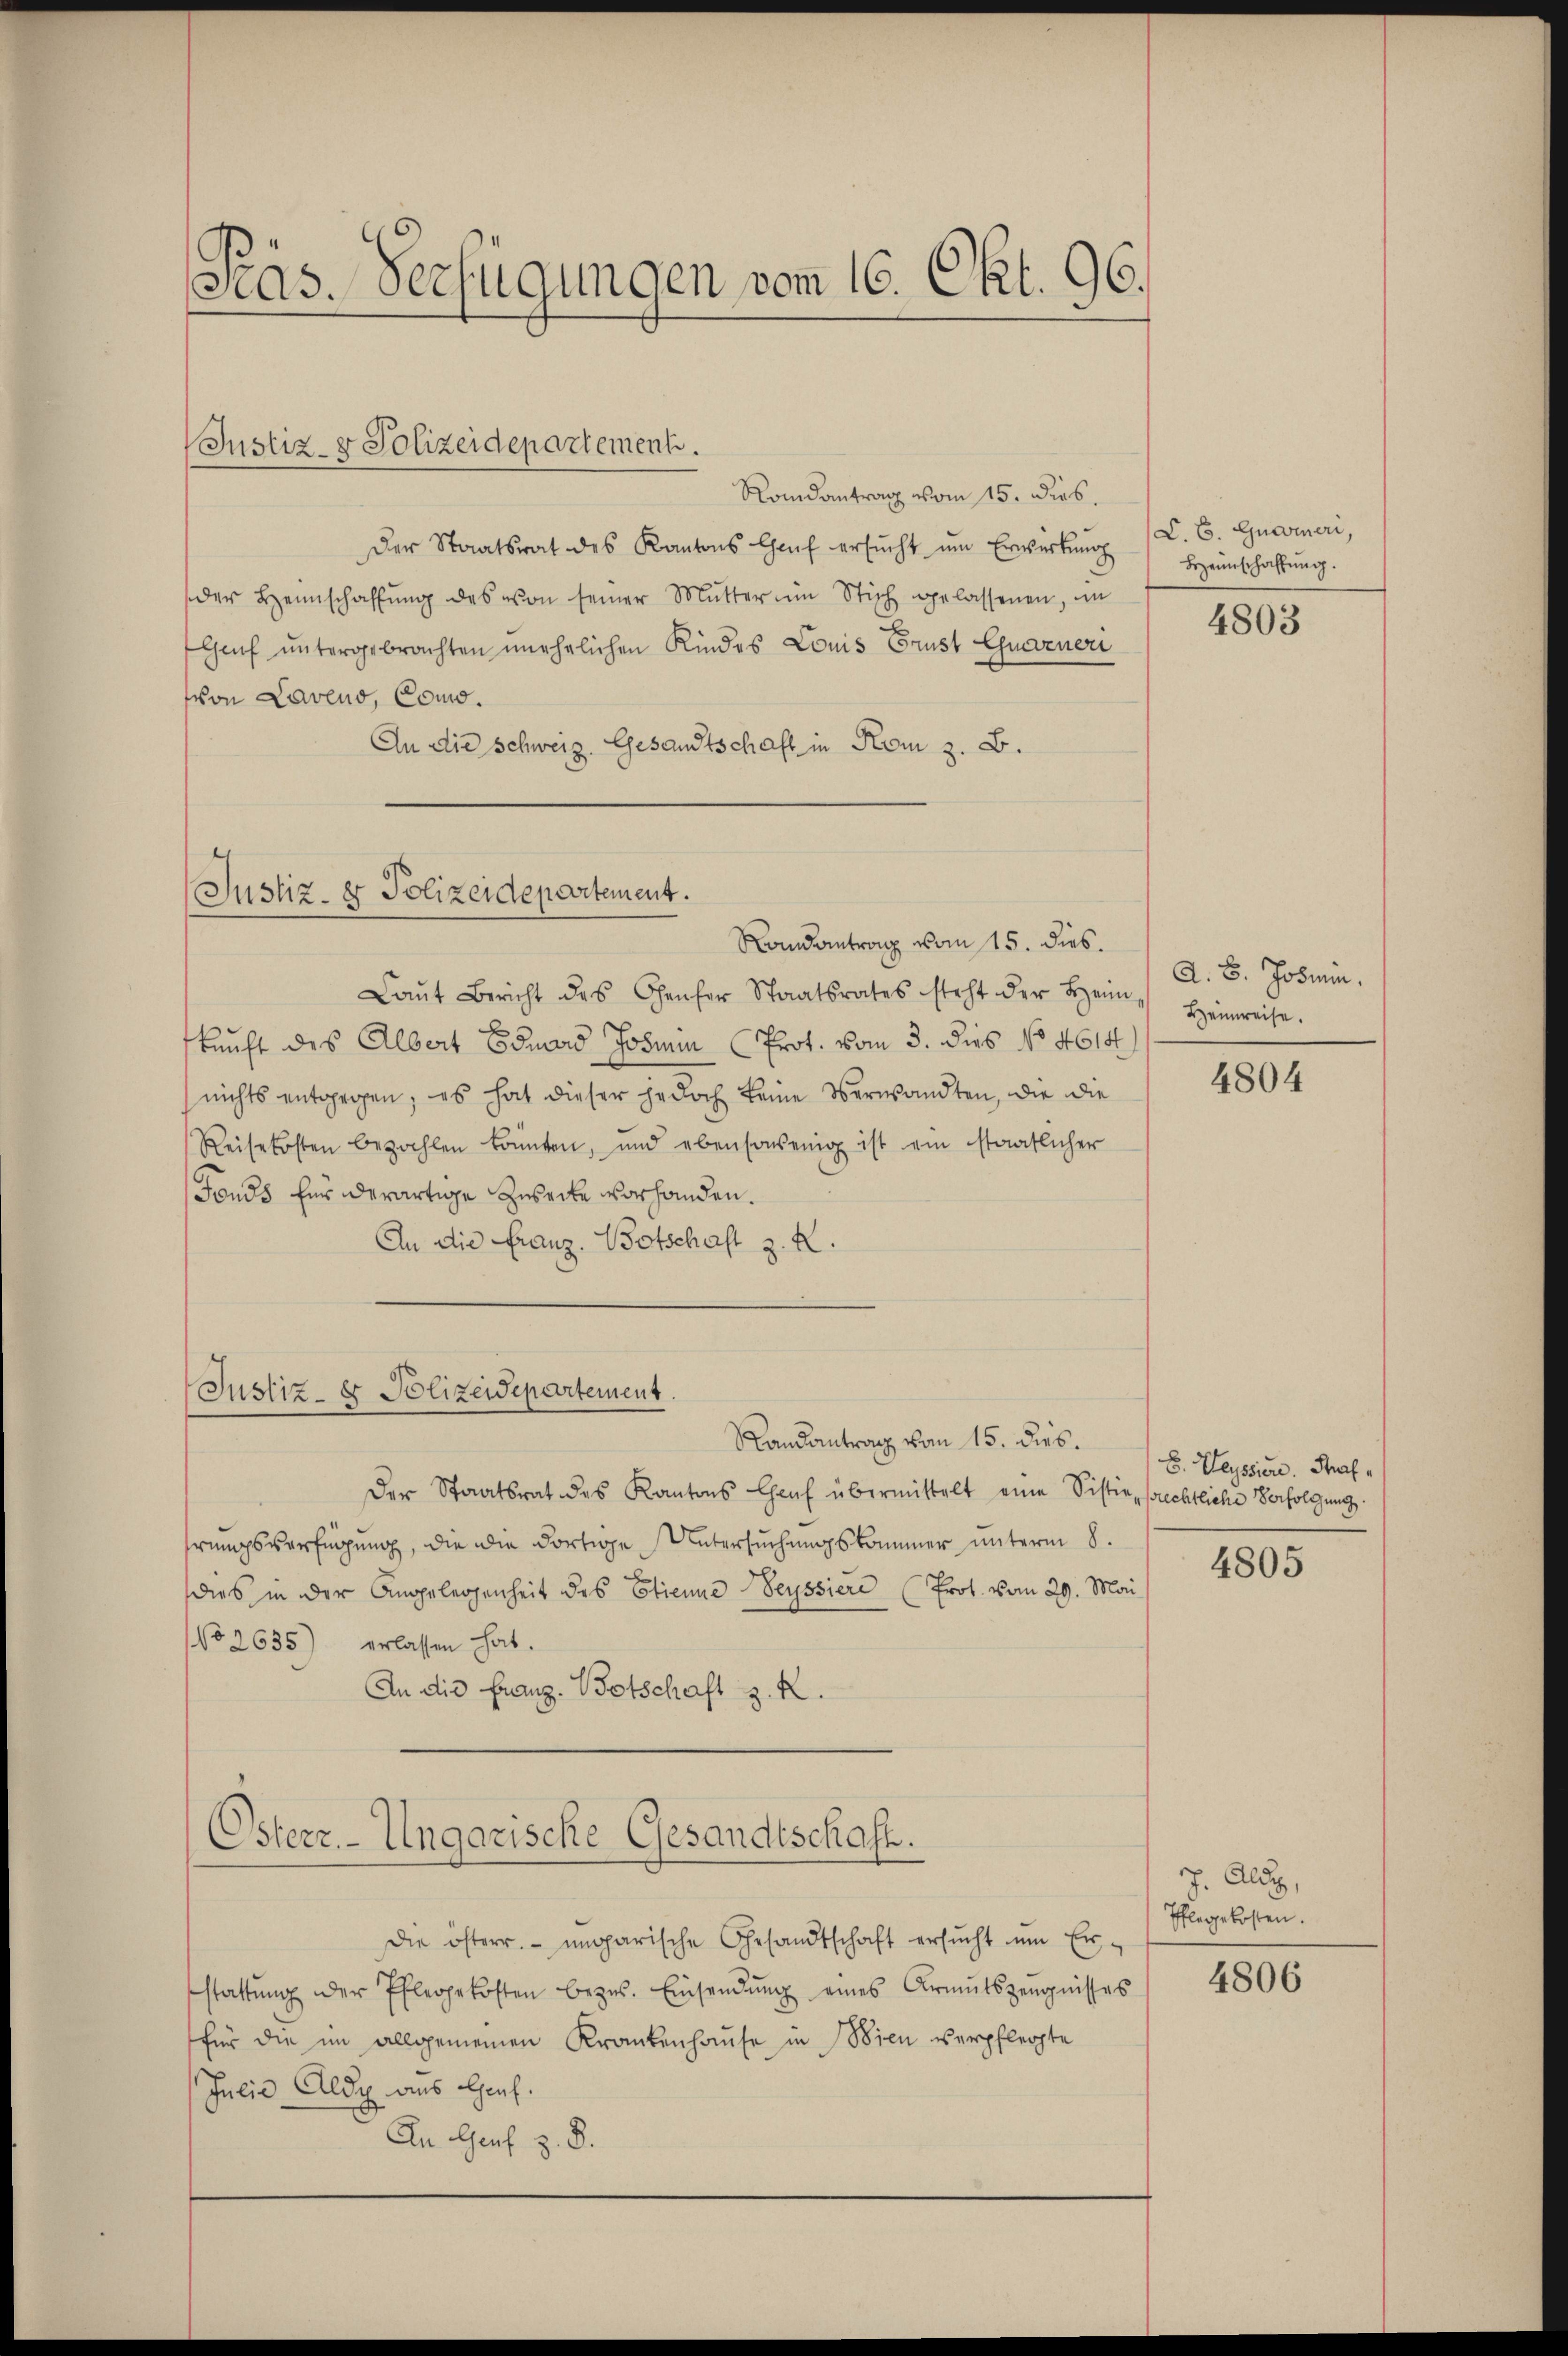
Pras. Verfügungen vom 16. Okt. 96.

Randantrag vom 15. dies
Der Staatsrat des Kantons Haŭf ersŭcht ŭm Erwirkung
der Heimschaffŭng des von seiner Mŭtter im Stich gelassenen, im
Genf untergebrachten unehelichen Kindes Louis Brust Guarneri
(von Laveno, Como¬
An die Schweiz. Gesandtschaft in Rom z. B.

Justiz- & Polizeidepartement.

Justiz- & Polizeidepartement.
Randantrang vom 15. dies.

Laŭt Bericht des Genfer Staatsrates steht der Heim - Heimreise.
kunft des Albert Eduard Johnen Prot. vom 3. dies No 4615
nichts entgegen; es hat dieser jedoch keine Verwandten, die die
Reisekosten bezahlen könnten, und ebensowenig ist ein staatlicher
Fonds für derartige Zwecke vorhanden.
An die Franz. Botschaft z. K.

Justiz- & Polizeidepartement.

Randantrag von 15. dies.
Der Staatsrat des Kantons Chef übermittelt eine Sistie, frechtliche Verfolgung
hrungsverfügung, die die dortige Untersuchungskammer unterm 8.
dies in der Angelegenheit des Etienne Beyssiere (Prot. vom 29. Mai
NNo 2635) erlassen hat.
An die Franz. Botschaft z. R.
Osterr.-Ungarische Gesandtschaft.
Die österr. ungarische Gesandtschaft ersŭcht ŭm Er-
stattŭng der Pflegekosten bezŭs. Einsendŭng eines Armutszeugnisses
für die im allgemeinen Krankenhause in Wien verpflegte
Julii Aldi aus Graf.
An Genf z. B.

C. C. Gucineri,
Heimschaffung.

4803

A. B. Josiin.

4804

E. Weyssion. Straf

4805

J. Aldy,
Pflegekosten.
4806